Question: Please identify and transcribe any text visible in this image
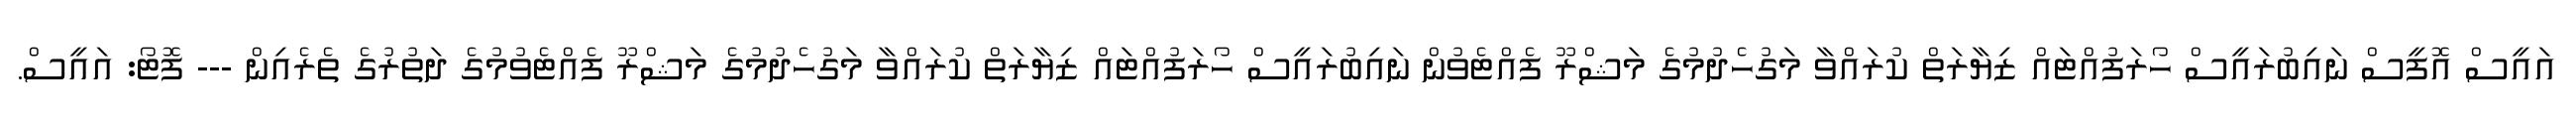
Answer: އައީސް އޮފީސް ނައިބުރައީސް ހޯރަފުއްޓައް ޒިޔާރަތް ކުރައްވާ މަގުހެދުމުގެ މަޝްރޫ ފެއްޓެވުން ނައިބުރައީސް ހޯރަފުއްޓައް ޒިޔާރަތް ކުރައްވާ މަގުހެދުމުގެ މަޝްރޫ ފެއްޓެވުމުގެ ދަތުރުގެ ތެރެއިން --- ފޮޓޯ: އައީސް.